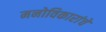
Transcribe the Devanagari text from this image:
मनोविकारांचे